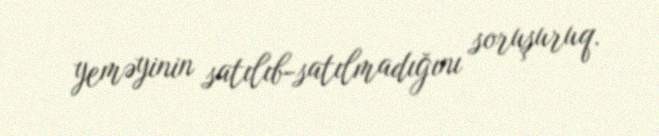
yeməyinin satılıb-satılmadığını soruşuruq.